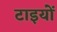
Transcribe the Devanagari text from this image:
टाइयों